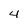
Character: 4